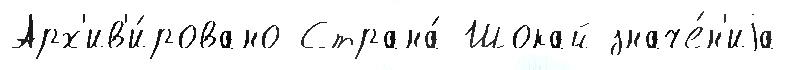
Арх'ив'и́ровано Страна́ Шокай значе́н'иjа